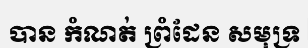
បាន កំណត់ ព្រំដែន សមុទ្រ